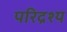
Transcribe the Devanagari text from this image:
परिद्रश्य